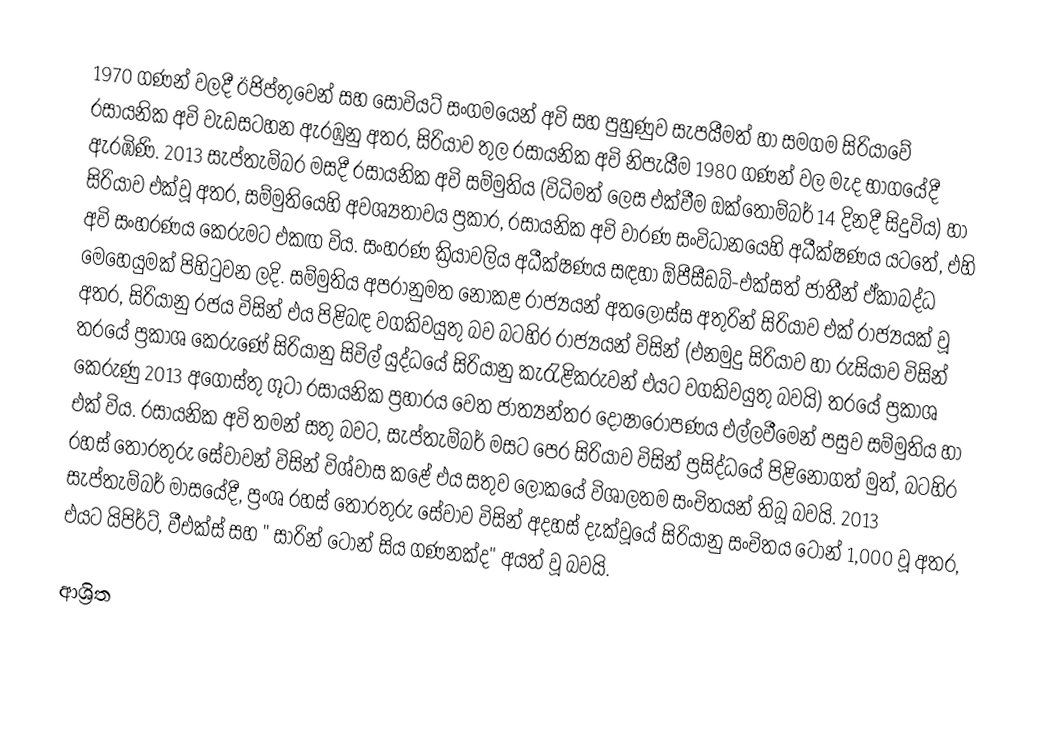
1970 ගණන් වලදී ඊජිප්තුවෙන් සහ සෝවියට් සංගමයෙන් අවි සහ පුහුණුව සැපයීමත් හා සමගම සිරියාවේ රසායනික අවි වැඩසටහන ඇරඹුනු අතර,  සිරියාව තුල රසායනික අවි නිපැයීම 1980 ගණන් වල මැද භාගයේදී ඇරඹිණි. 2013 සැප්තැම්බර මසදී රසායනික අවි සම්මුතිය (විධිමත් ලෙස එක්වීම ඔක්තොම්බර් 14 දිනදී සිදුවිය) හා සිරියාව එක්වූ අතර, සම්මුතියෙහි අවශ්‍යතාවය ප්‍රකාර,  රසායනික අවි වාරණ සංවිධානයෙහි අධීක්ෂණය යටතේ, එහි අවි සංහරණය කෙරුමට එකඟ විය. සංහරණ ක්‍රියාවලිය අධීක්ෂණය සඳහා  ඕපීසීඩබ්-එක්සත් ජාතීන් ඒකාබද්ධ මෙහෙයුමක් පිහිටුවන ලදි. සම්මුතිය අපරානුමත නොකළ රාජ්‍යයන් අතලොස්ස අතුරින් සිරියාව එක් රාජ්‍යයක් වූ අතර, සිරියානු රජය විසින් එය පිළිබඳ වගකිවයුතු බව බටහිර රාජ්‍යයන් විසින් (එනමුදු සිරියාව හා රුසියාව විසින් තරයේ ප්‍රකාශ කෙරුණේ  සිරියානු සිවිල් යුද්ධයේ සිරියානු කැරැළිකරුවන් එයට වගකිවයුතු බවයි) තරයේ ප්‍රකාශ කෙරුණු 2013 අගෝස්තු ගූටා රසායනික ප්‍රහාරය වෙත ජාත්‍යන්තර දෝෂාරෝපණය එල්ලවීමෙන් පසුව සම්මුතිය හා එක් විය. රසායනික අවි තමන් සතු බවට,  සැප්තැම්බර් මසට පෙර සිරියාව විසින් ප්‍රසිද්ධයේ පිළිනොගත් මුත්,  බටහිර රහස් තොරතුරු සේවාවන් විසින් විශ්වාස කළේ එය සතුව ලෝකයේ විශාලතම සංචිතයන් තිබූ බවයි.  2013 සැප්තැම්බර් මාසයේදී, ප්‍රංශ රහස් තොරතුරු සේවාව විසින් අදහස් දැක්වූයේ සිරියානු සංචිතය ටොන් 1,000 වූ අතර, එයට යිපිර්ට්, වීඑක්ස් සහ " සාරින් ටොන් සිය ගණනක්ද" අයත් වූ බවයි.

ආශ්‍රිත